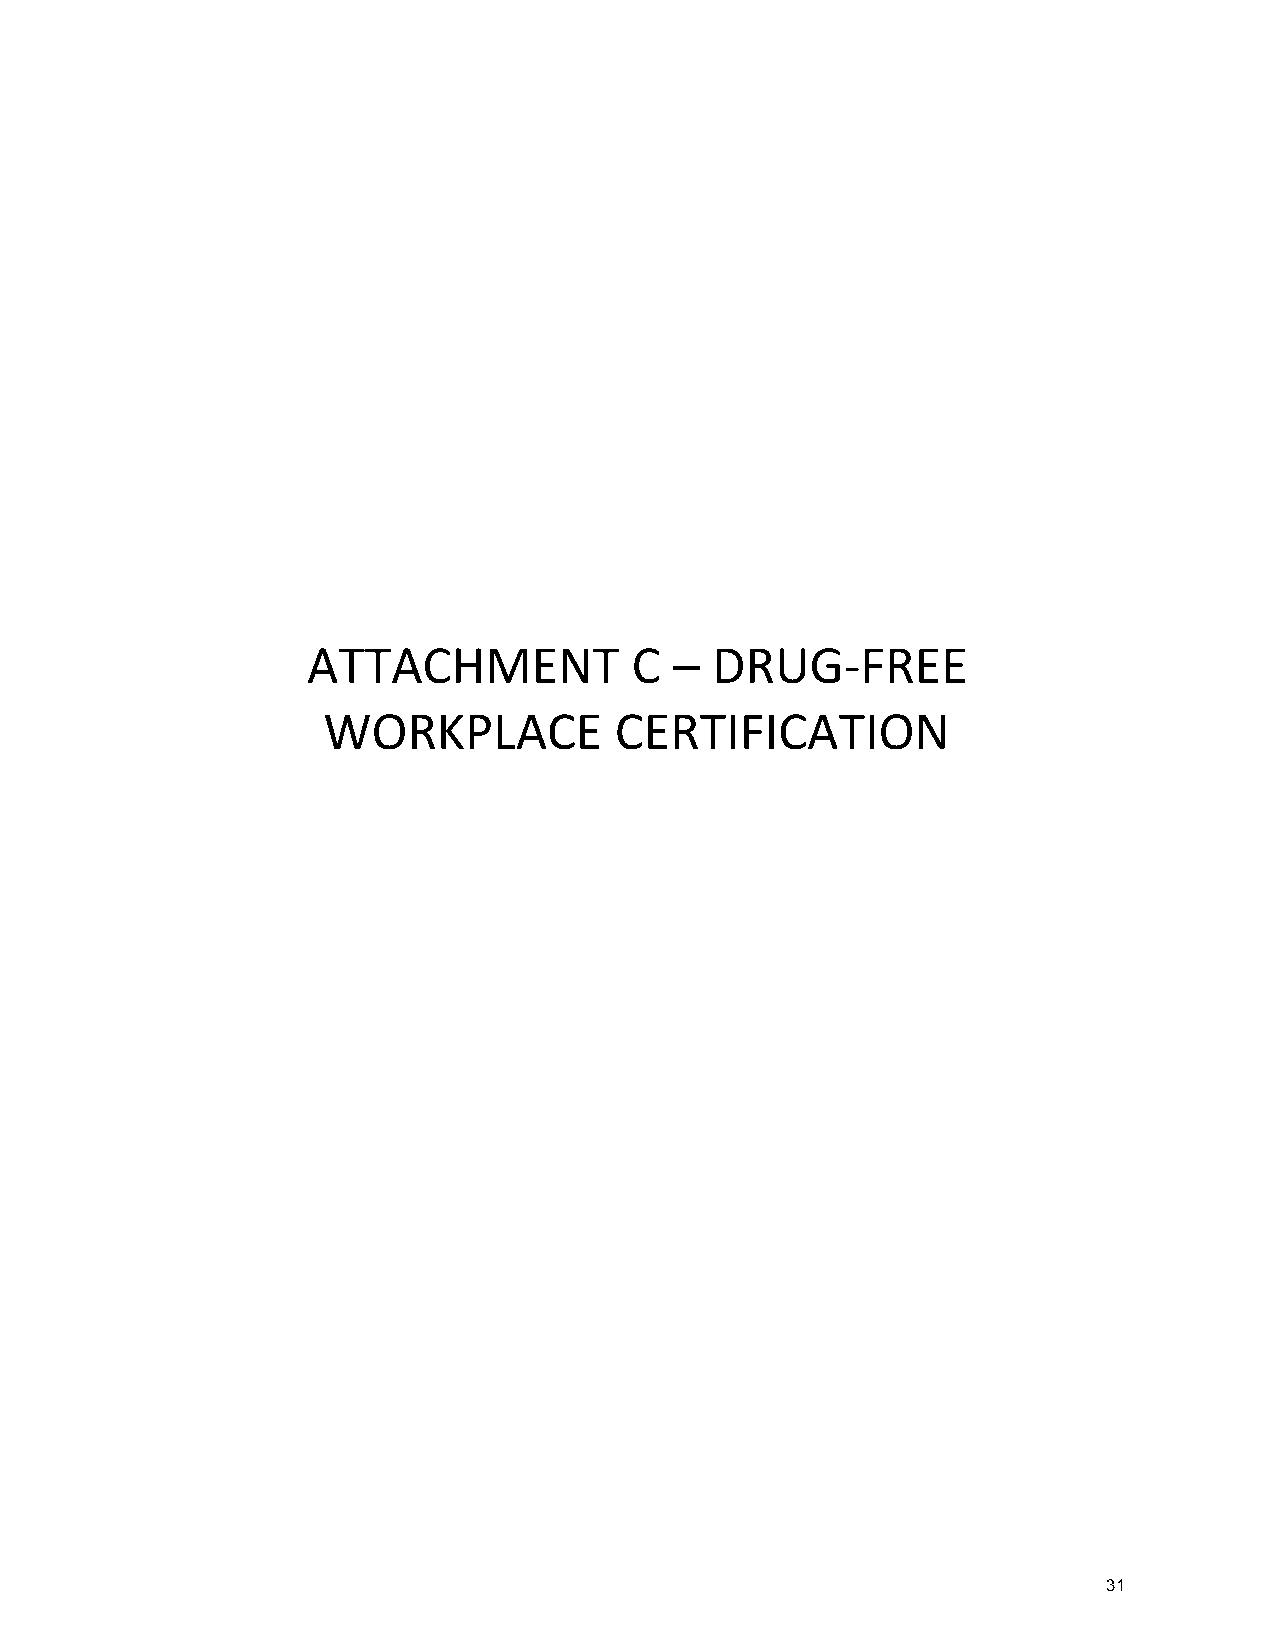
ATTACHMENT            C  – DRUG-FREE
 WORKPLACE           CERTIFICATION
 31